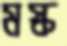
মস্ক